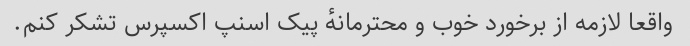
واقعا لازمه از برخورد خوب و محترمانهٔ پیک اسنپ اکسپرس تشکر کنم.